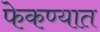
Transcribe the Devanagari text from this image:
फेकण्यात